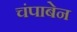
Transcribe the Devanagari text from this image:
चंपाबेन